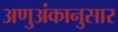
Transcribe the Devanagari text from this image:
अणुअंकानुसार